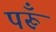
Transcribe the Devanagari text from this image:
परूँ